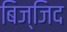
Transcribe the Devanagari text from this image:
बिज्जिद